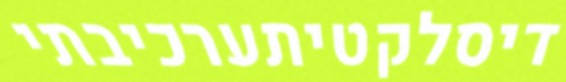
דיסלקטיתערכיבתי